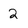
Character: 2